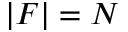
| F | = N